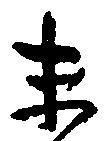
末